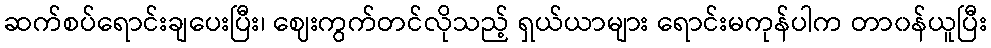
ဆက်စပ်ရောင်းချပေးပြီး၊ ဈေးကွက်တင်လိုသည့် ရှယ်ယာများ ရောင်းမကုန်ပါက တာ၀န်ယူပြီး